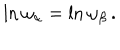
\ln \omega _ { \alpha } = \ln \omega _ { \beta } \, .